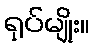
ရုပ်မျိုး။